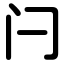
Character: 闩